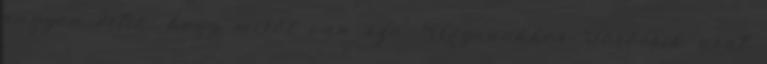
nagyon értik, hogy miről van szó. Ugyanakkor Törőcsik urat